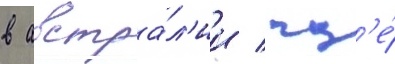
в австра́л'ии / гд'е́